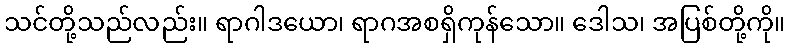
သင်တို့သည်လည်း။ ရာဂါဒယော၊ ရာဂအစရှိကုန်သော။ ဒေါသ၊ အပြစ်တို့ကို။